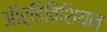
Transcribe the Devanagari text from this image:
ऑर्डिविशियन